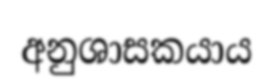
අනුශාසකයාය